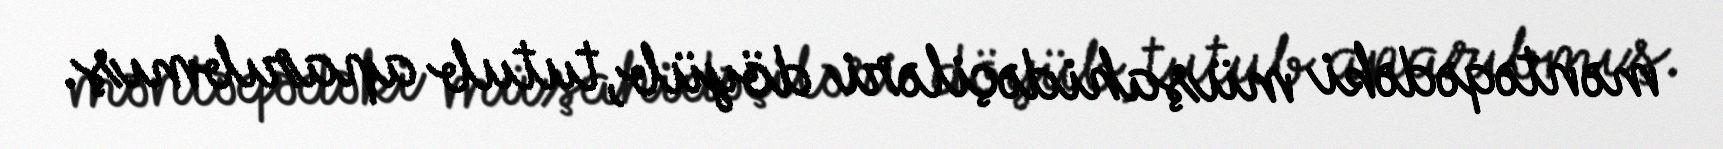
məntəqədəki müşahidəçiləri döyüb, tutub aparıbmış.